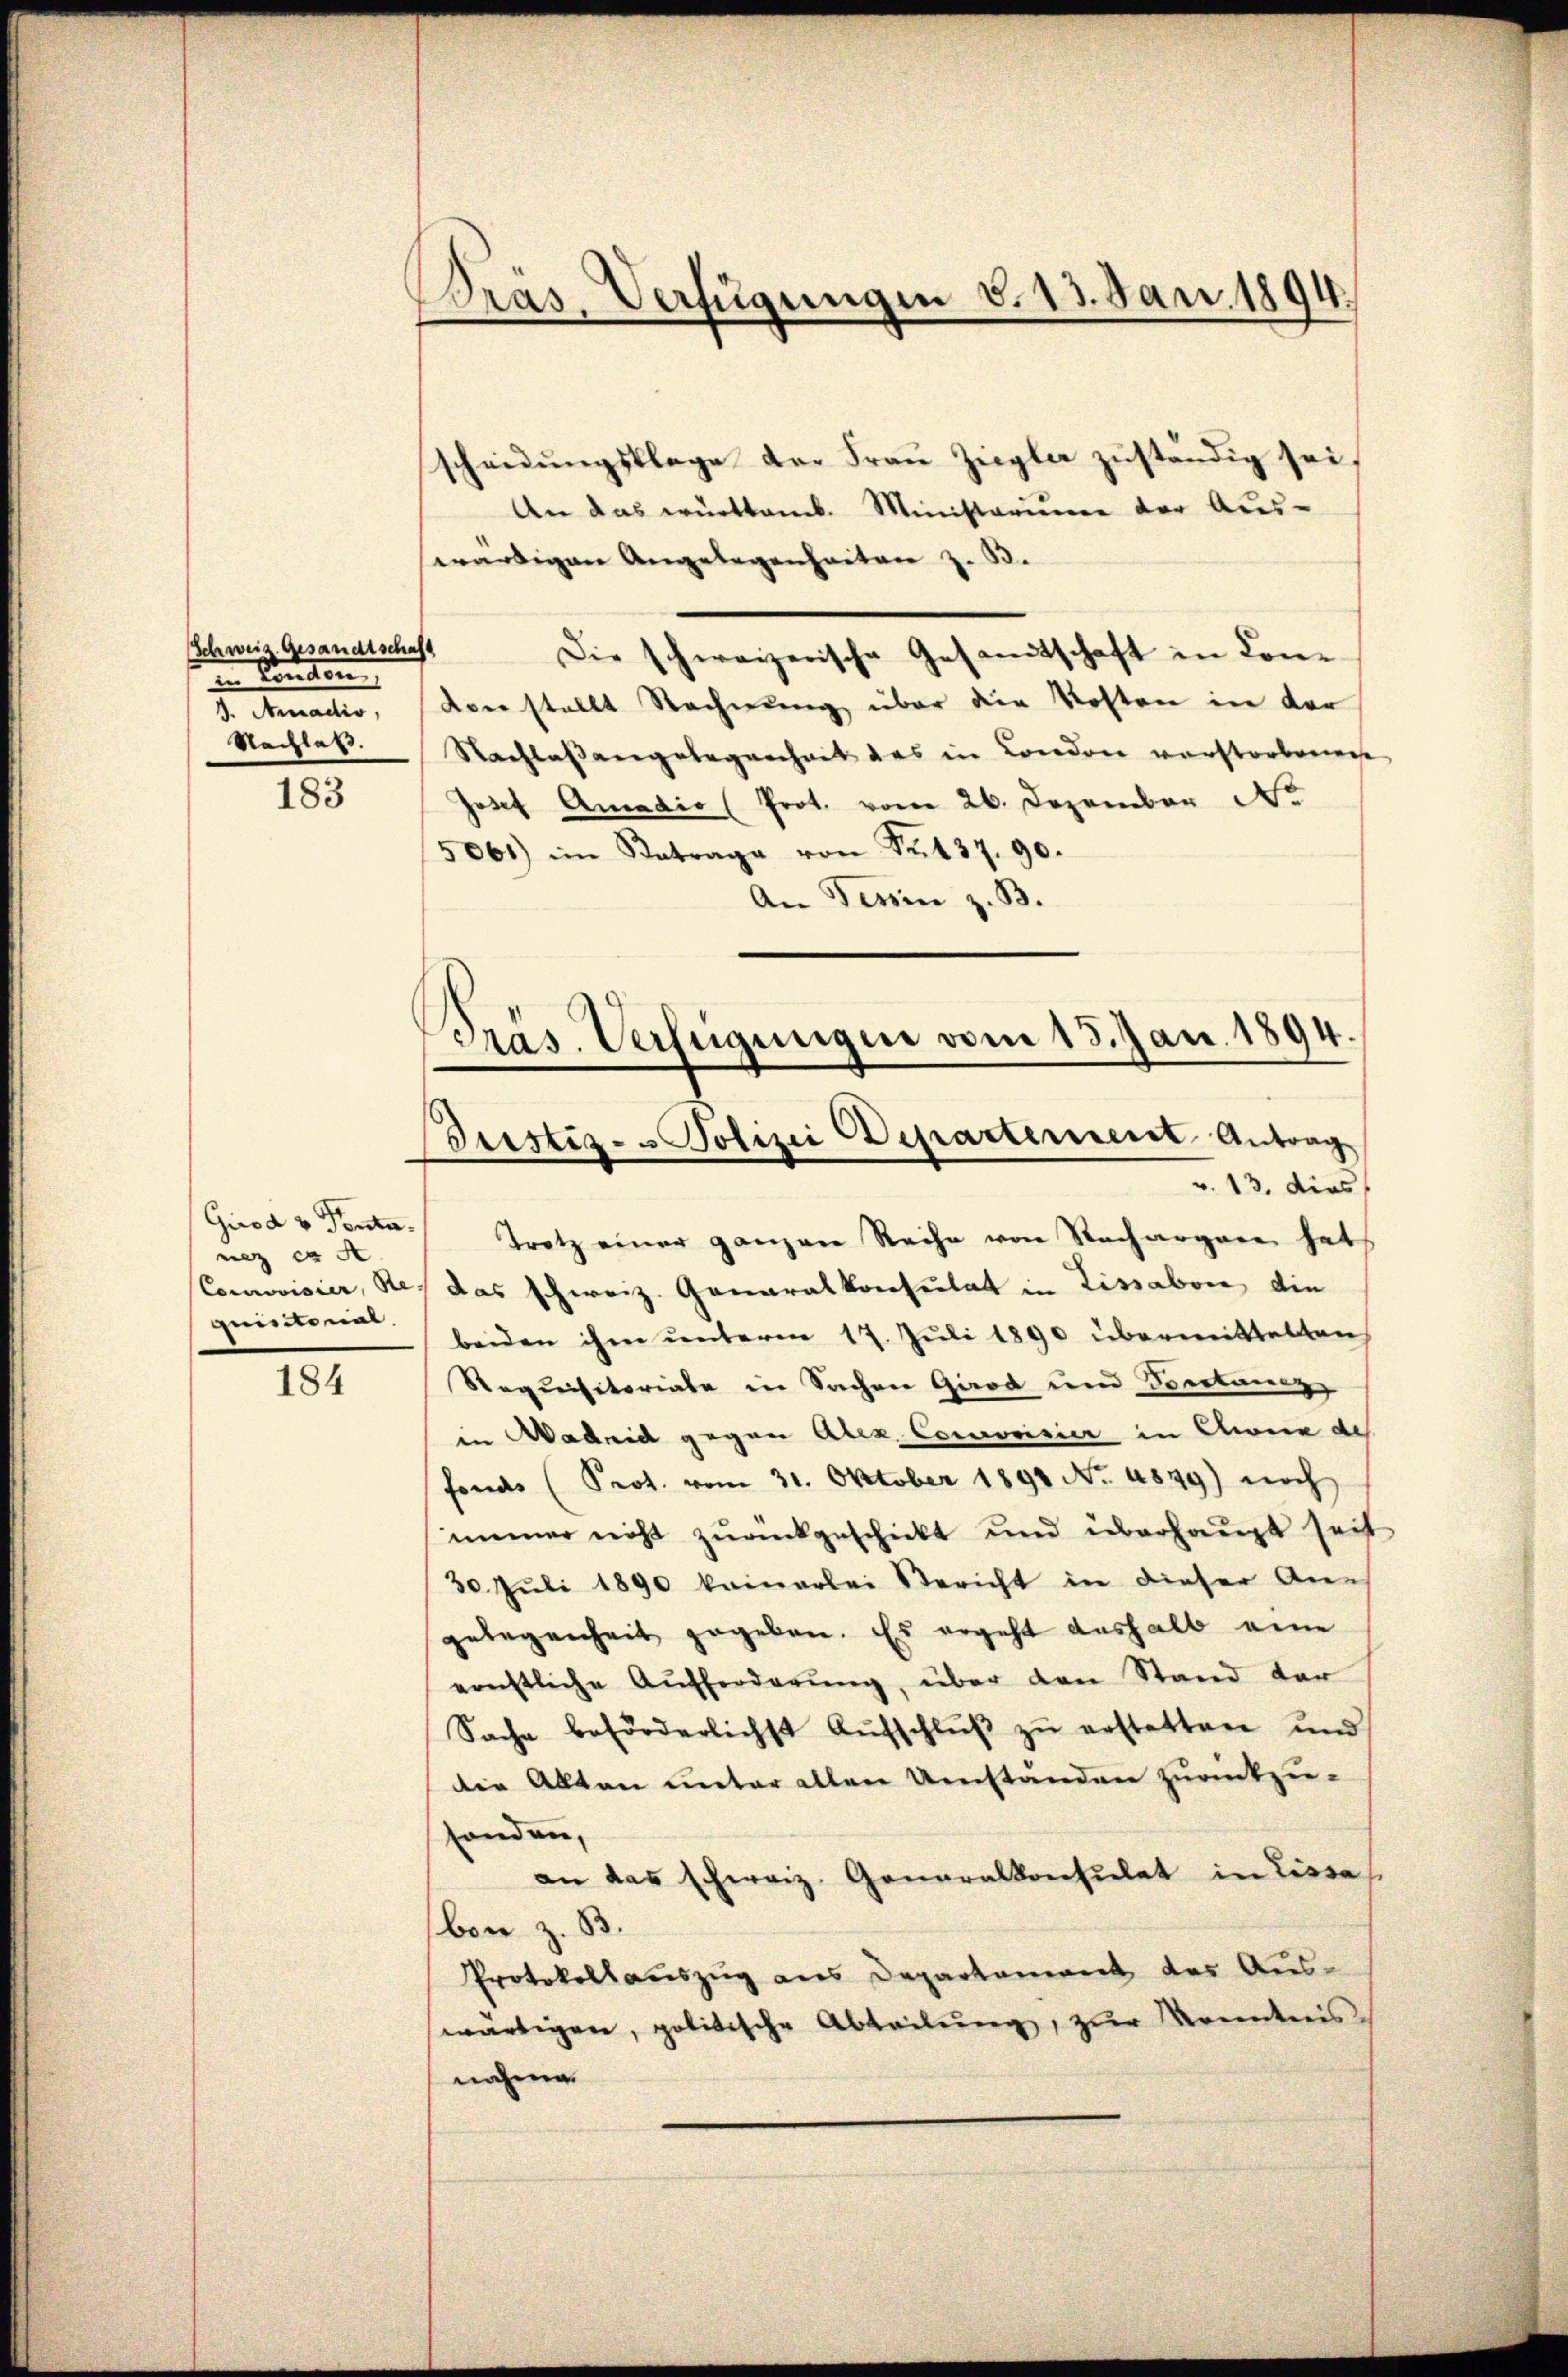
Schweiz. Gesandtschaft
un könten
d. Factio
Nachlaß.

183

Girod u Ponta.
nez ex A
quitemal.

184

Bras. Verfügungen v. 13. Jan. 1894.

scheidungsklage der Frau Ziegla zuständig sei,
An das württemb. Ministerium der Aus-
ewärtigen Angelegenheiten z. B.
Die schweizerische Gesamtschaft in Conden stellt Rechnung über die Kosten in der
Nachlaßangelegenheit des in London verstorbenwese
Josef Amadio (Prot. vom 26. Dezember No
5061) im Antrage von Sr. 137. 90.
An Tessin z. B.

Präs. Verfügungen vom 13. Jan. 1894.
Justiz- u Polizei Departement Antrag
v. 13. dies

Trotz einer ganzen Reihe von Nachargare hat
Connvisier, Se. das schweiz. Generalkonsulat in Lissabon, die
beiden ihm unterm 17. Juli 1890 übermittelten
Requisitoriate in Sachen Grod und Sonstanz
in Wadrid gegen Abra Comoesier in Anna de
fonds (Prot. vom 31. Oktober 1891 No 4849) noch
immer nicht zurückgeschickt und überhaupt seit
30. Jŭli 1890 kamerlei Bericht in dieser Ane
gelegenheit gegeben. Es ergeht deshalb eine
ernstliche Aufforderŭng, über den Stand dar
Sache beförderlichst Aŭfschlŭβ zŭ erstatten und
die Allten unter allen Umstanden zurückzu-
sonden,
an das schweiz. Generalkonsulat in Lissa
bon z. B.
Protokollsauszug aus Departament des Auswärtigen, politische Abteilŭng, zur Kenntnis,
nahme